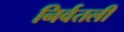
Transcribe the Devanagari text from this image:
निर्वतली